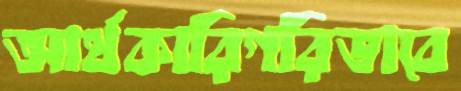
আর্থকারিগরিভাবে